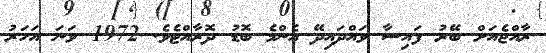
ރާއްޖެއަށް ބޭރު ފައިސާ ވައްދައިދޭ އެންމެ ބޮޑު ދޮރާއްޓެވެ. 1972 ވަނަ އަހަރު